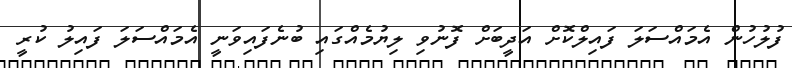
ފުލުހުން އެމައްސަލަ ފައިލްކޮށް އަދީބަށް ފޮނުވި ލިޔުމެއްގައި ބުނެފައިވަނީ އެމައްސަލަ ފައިލު ކުރީ